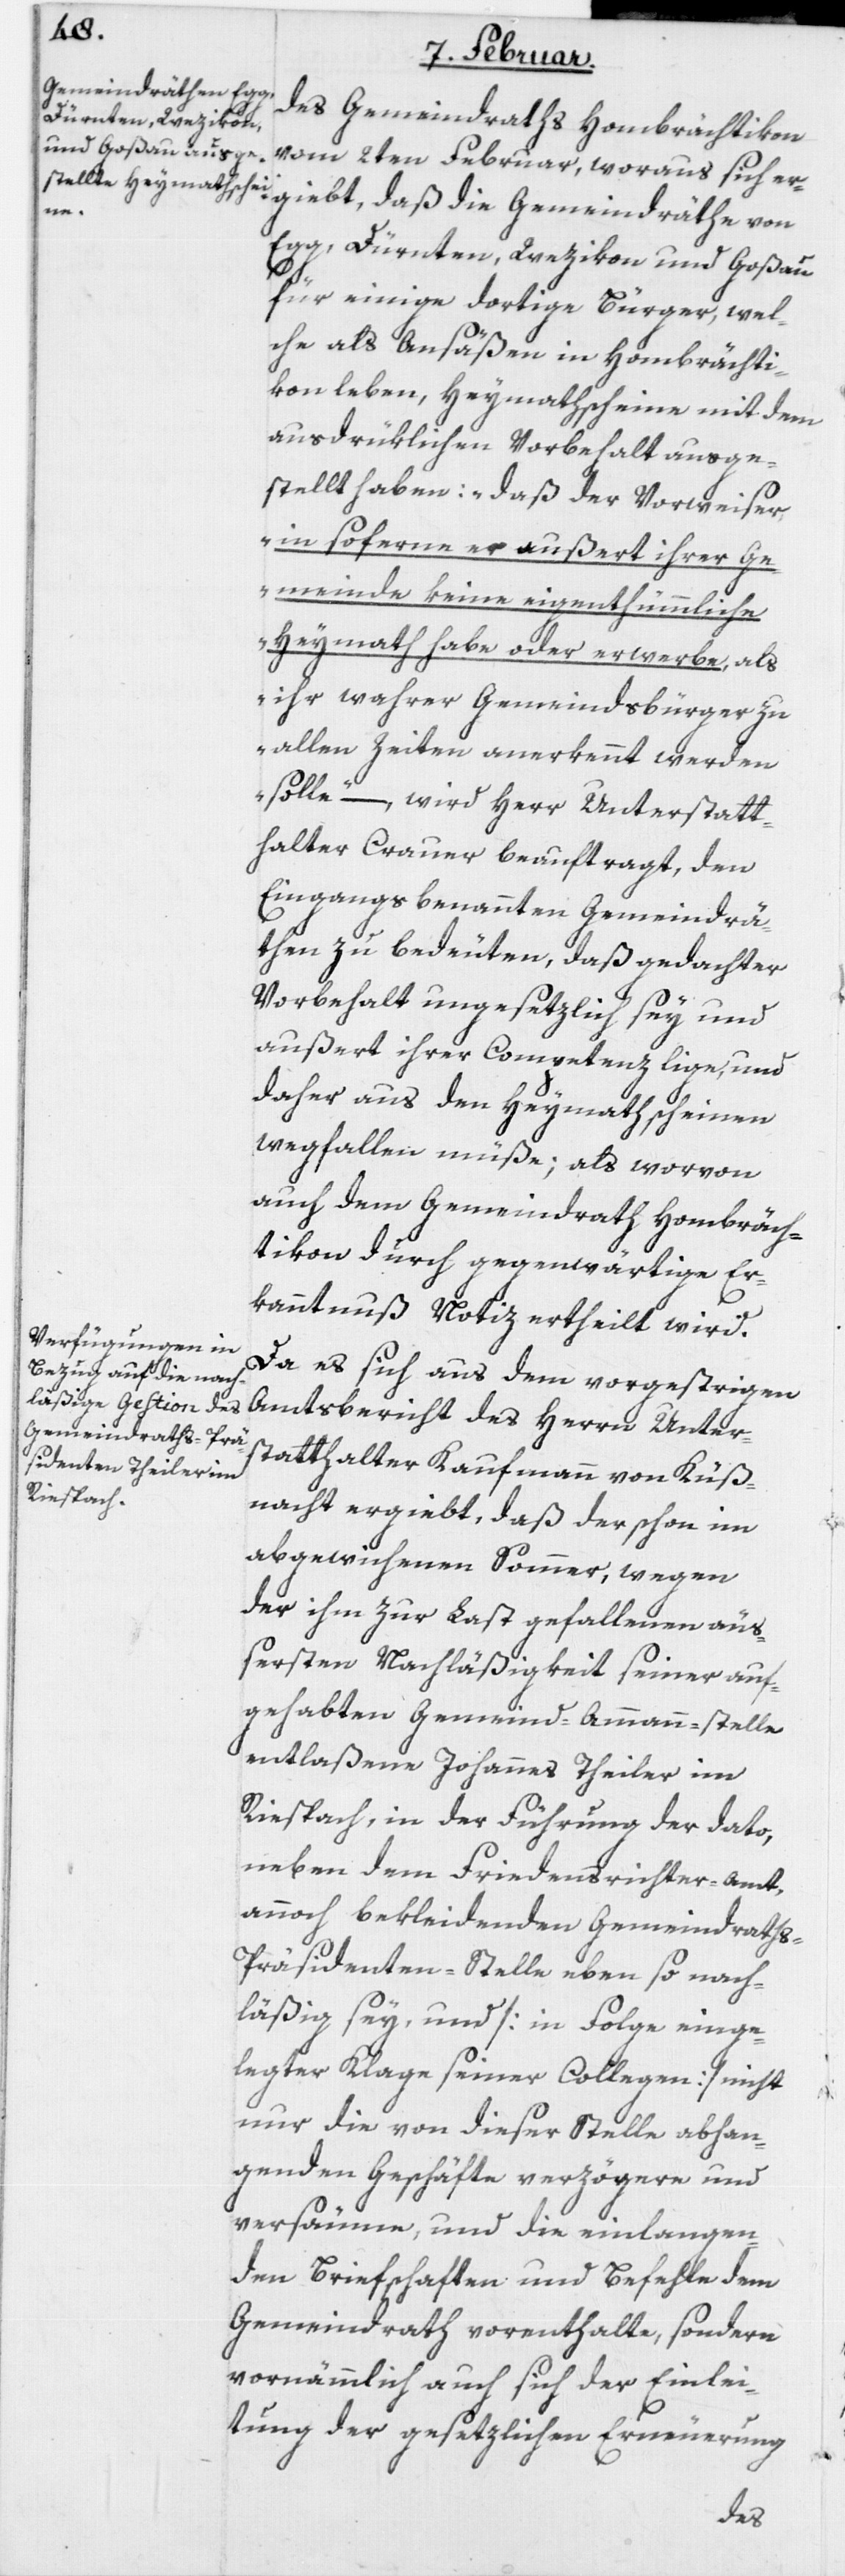
Gemeindräthe von
des Gemeindraths Hombrächtikon
vom 2ten Februar, woraus sich er¬
giebt,
Egg, Dürnten, Wezikon und Goßau
für einige dortige Bürger, wel¬
che als Ansäßen in Hombrächti¬
kon leben, Heymathscheine mit dem
ausdrüklichen Vorbehalt ausge¬
stellt haben: „daß der Vorweiser,
in soferne er außert ihrer Ge¬
meinde keine eigenthümliche
Heymath habe oder erwerbe, als
ihr wahrer Gemeindsbürger zu
allen Zeiten anerkennt werden
solle“ –, wird Herr Unterstatt¬
halter Crauer beauftragt, den
Eingangs benannten Gemeindrä¬
then zu bedeuten, daß gedachter
Vorbehalt ungesetzlich sey und
außert ihrer Competenz lige, und
daher aus den Heymathscheinen
wegfallen müße; als worvon
auch dem Gemeindrath Hombräch¬
tikon durch gegenwärtige Er¬
kanntnuß Notiz ertheilt wird.
Da es sich aus dem vorgestrigen
Amtsbericht des Herrn Unter¬
statthalter Kaufmann von Küß¬
nacht ergiebt, daß der schon im
abgewichenen Sommer, wegen
der ihm zur Last gefallenen äus¬
sersten Nachläßigkeit seiner auf¬
gehabten Gemeind-Ammann-stelle
entlaßene Johannes Theiler im
Riespach, in der Führung der dato,
neben dem Friedensrichter-amt,
annoch bekleidenden Gemeindrath¬
s-Präsidenten-Stelle eben so nach¬
läßig sey, und [in Folge einge¬
legter Klage seiner Collegen] nicht
nur die von dieser Stelle abhan¬
genden Geschäfte verzögere und
versäume, und die einlangen¬
den Briefschaften und Befehle dem
Gemeindrath vorenthalte, sondern
vornämmlich auch sich der Einlei¬
tung der gesetzlichen Erneuerung
die